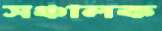
সঞ্চালক